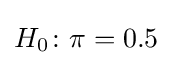
H_{0}\colon \pi =0.5